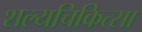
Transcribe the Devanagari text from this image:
शल्‍यचिकित्‍सा